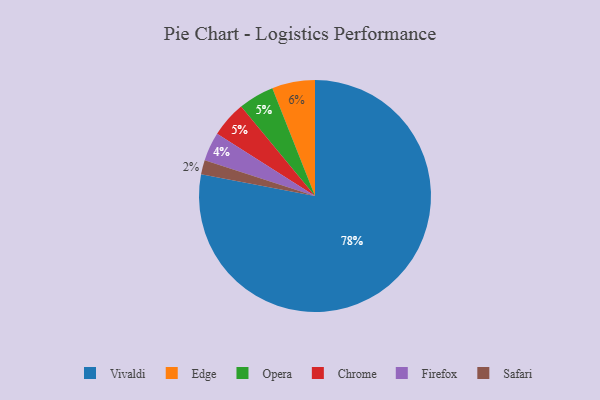
{"axis": {"x": "Category", "y": "Percentage"}, "legend": ["Chrome", "Edge", "Firefox", "Opera", "Safari", "Vivaldi"], "data": [{"x": "Edge", "y": 6, "type": "Edge"}, {"x": "Opera", "y": 5, "type": "Opera"}, {"x": "Chrome", "y": 5, "type": "Chrome"}, {"x": "Vivaldi", "y": 78, "type": "Vivaldi"}, {"x": "Firefox", "y": 4, "type": "Firefox"}, {"x": "Safari", "y": 2, "type": "Safari"}]}